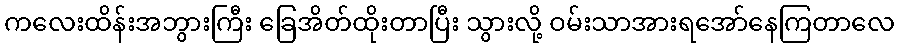
ကလေးထိန်းအဘွားကြီး ခြေအိတ်ထိုးတာပြီး သွားလို့ ဝမ်းသာအားရအော်နေကြတာလေ